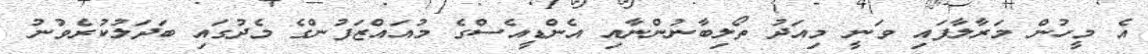
އެ މީހުން މަރާލާފައި ވަނީ މިއަދު ތޯލިބާނުންނާއި އެންޑީއެސްގެ މުއައްޒަފުންގެ މެދުގައި ބަދަލުކުރެވުނު